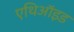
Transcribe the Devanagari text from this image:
एथिऑइड